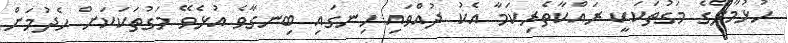
ހުޅުމާލޭގެ މަގުތަކަކީ ރައްކާތެރިކަމާ އެކު ދުއްވައި ހިނގައި ބިނގާވެ އުޅެވޭ މަގުތަކަކަށް ހެދުމަށް